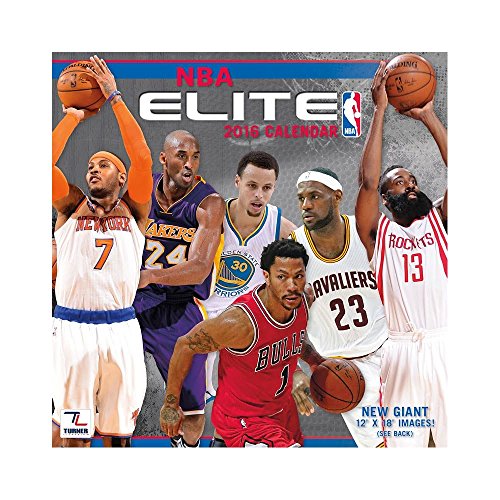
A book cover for NBA Elite 2016 Calendar; Calendars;